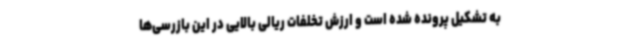
به تشکیل پرونده شده است و ارزش تخلفات ریالی بالایی در این بازرسی‌ها